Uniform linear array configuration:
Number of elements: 12
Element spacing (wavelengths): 0.5
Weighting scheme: binomial
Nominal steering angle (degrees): -60
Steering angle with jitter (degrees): -59.363
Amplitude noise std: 0.05
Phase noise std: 0.05

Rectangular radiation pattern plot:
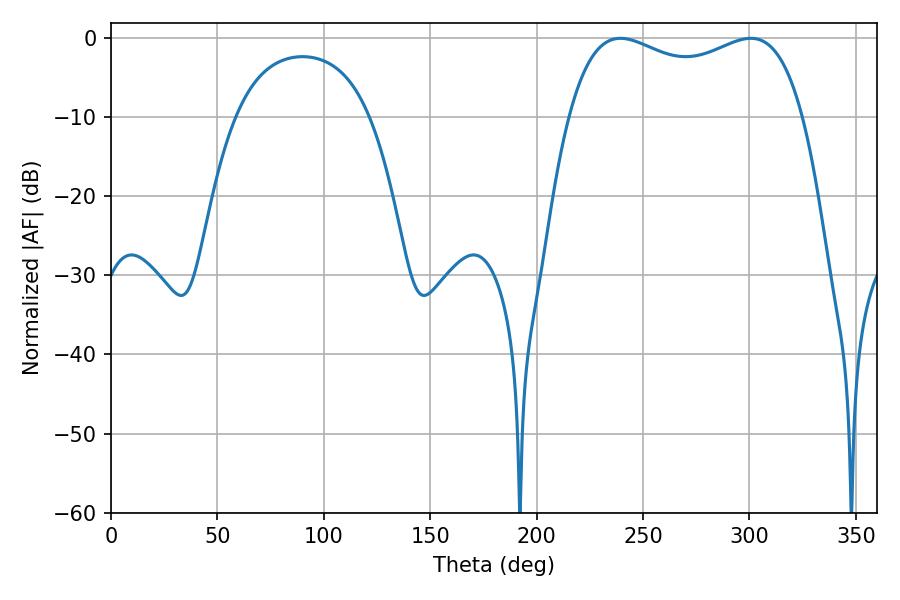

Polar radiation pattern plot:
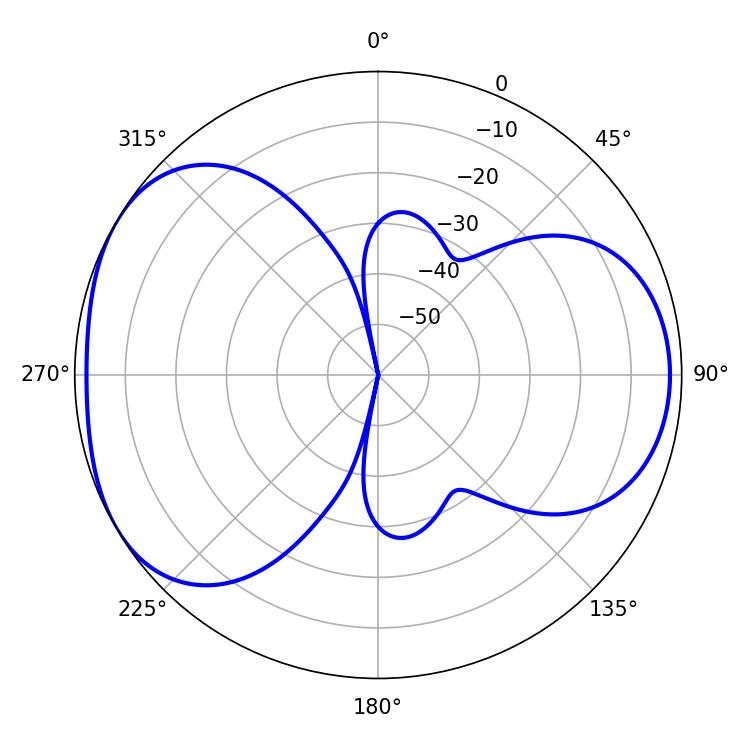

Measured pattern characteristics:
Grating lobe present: FALSE
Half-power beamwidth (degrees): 90.72
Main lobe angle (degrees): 239.4